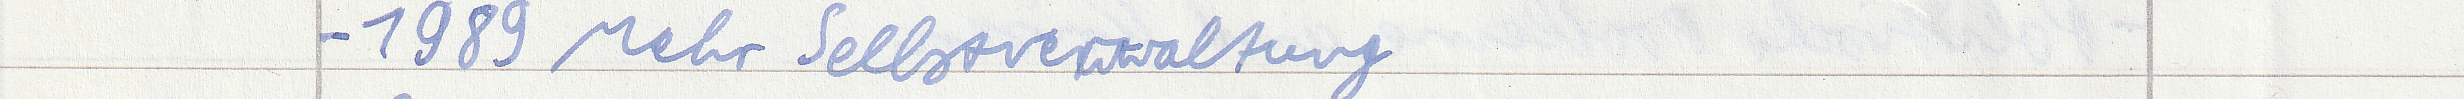
- 1989 Mehr Selbstverwaltung